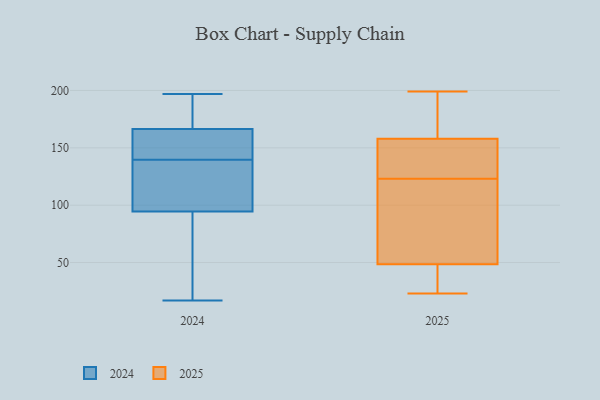
{"axis": {"x": "Gross Profit (USD K)", "y": "Value"}, "legend": ["2024", "2025"], "data": [{"x": "", "y": 96, "type": "2024"}, {"x": "", "y": 136, "type": "2024"}, {"x": "", "y": 184, "type": "2024"}, {"x": "", "y": 141, "type": "2024"}, {"x": "", "y": 197, "type": "2024"}, {"x": "", "y": 161, "type": "2024"}, {"x": "", "y": 58, "type": "2024"}, {"x": "", "y": 165, "type": "2024"}, {"x": "", "y": 175, "type": "2024"}, {"x": "", "y": 138, "type": "2024"}, {"x": "", "y": 168, "type": "2024"}, {"x": "", "y": 77, "type": "2024"}, {"x": "", "y": 93, "type": "2024"}, {"x": "", "y": 156, "type": "2024"}, {"x": "", "y": 112, "type": "2024"}, {"x": "", "y": 17, "type": "2024"}, {"x": "", "y": 45, "type": "2025"}, {"x": "", "y": 23, "type": "2025"}, {"x": "", "y": 108, "type": "2025"}, {"x": "", "y": 137, "type": "2025"}, {"x": "", "y": 145, "type": "2025"}, {"x": "", "y": 178, "type": "2025"}, {"x": "", "y": 52, "type": "2025"}, {"x": "", "y": 119, "type": "2025"}, {"x": "", "y": 127, "type": "2025"}, {"x": "", "y": 32, "type": "2025"}, {"x": "", "y": 199, "type": "2025"}, {"x": "", "y": 171, "type": "2025"}]}